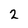
Character: 2